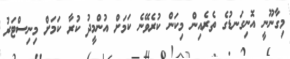
މިގާނޫނީ އޮނިގަނޑުގެ ތެރެއިން މިކަން ކުރެވޭނެ ކަމަށް އުންމީދު ކުރާ ކަމަށް މިނިސްޓަރު